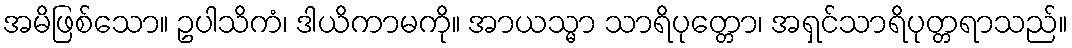
အမိဖြစ်သော။ ဥပါသိကံ၊ ဒါယိကာမကို။ အာယသ္မာ သာရိပုတ္တော၊ အရှင်သာရိပုတ္တရာသည်။